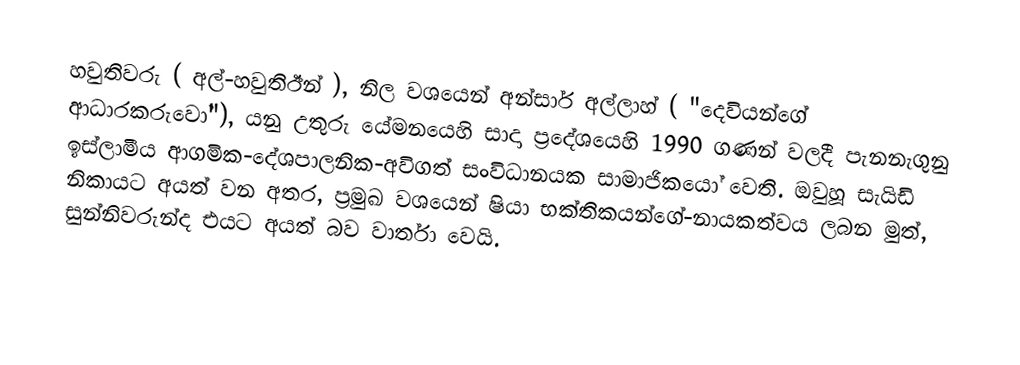
හවුතිවරු ( අල්-හවුතිඊන් ), නිල වශයෙන් අන්සාර් අල්ලාහ් ( "දෙවියන්ගේ ආධාරකරුවෝ"), යනු  උතුරු යේමනයෙහි සාදා ප්‍රදේශයෙහි 1990 ගණන් වලදී පැනනැගුනු ඉස්ලාමීය ආගමික-දේශපාලනික-අවිගත් සංවිධානයක සාමාජිකයෝ වෙති. ඔවුහූ සැයිඩි නිකායට අයත් වන අතර, ප්‍රමුඛ වශයෙන් ෂියා භක්තිකයන්ගේ-නායකත්වය ලබන මුත්, සුන්නිවරුන්ද එයට අයත් බව වාර්තා වෙයි.